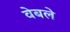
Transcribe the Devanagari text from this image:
वेबले